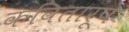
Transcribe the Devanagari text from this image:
कवितारूप